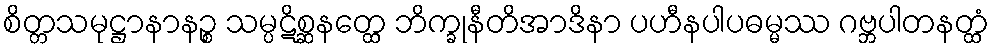
စိတ္တသမုဋ္ဌာနာနဉ္စ သမ္ပဋိစ္ဆနတ္ထေ ဘိက္ခုနီတိအာဒိနာ ပဟီနပါပဓမ္မဿ ဂဗ္ဘပါတနတ္ထံ